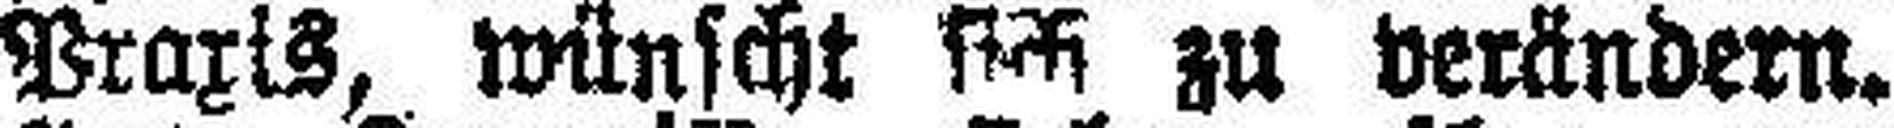
Praxis, wünscht sich zu verändern.